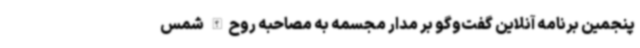
پنجمین برنامه آنلاین گفت‌وگو بر مدار مجسمه به مصاحبه روح‌الله شمس